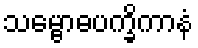
သမ္ဗောဓပက္ခိကာနံ